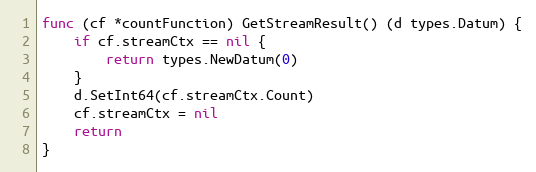
Language: Go
func (cf *countFunction) GetStreamResult() (d types.Datum) {
	if cf.streamCtx == nil {
		return types.NewDatum(0)
	}
	d.SetInt64(cf.streamCtx.Count)
	cf.streamCtx = nil
	return
}